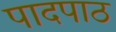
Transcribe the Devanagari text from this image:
पादपाठ